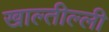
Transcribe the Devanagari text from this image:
खाल्तील्ली